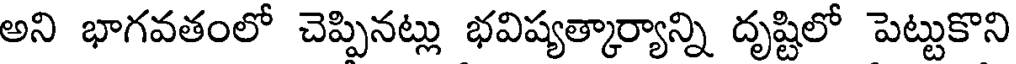
అని భాగవతంలో చెప్పినట్లు భవిష్యత్కార్యాన్ని దృష్టిలో పెట్టుకొని